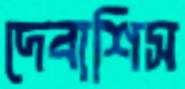
দেবাশিস